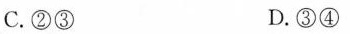
C.②③ D.③④